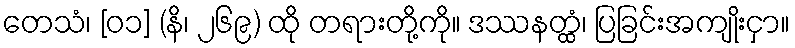
တေသံ၊ [၀၁] (နိ၊ ၂၆၉) ထို တရားတို့ကို။ ဒဿနတ္ထံ၊ ပြခြင်းအကျိုးငှာ။